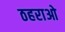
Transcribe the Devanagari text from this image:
ठहराओ